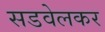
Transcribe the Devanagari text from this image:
सडवेलकर